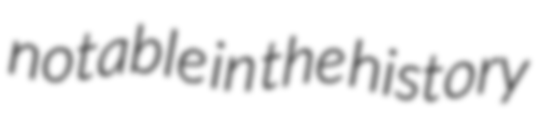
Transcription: notable in the history